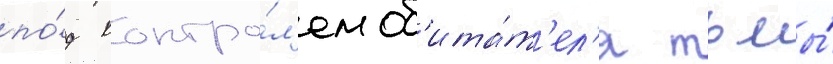
по́д контро́л'ем об'ита́т'ел'я тьмы́